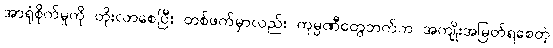
အာရုံစိုက်မှုကို တိုးလာစေပြီး တစ်ဖက်မှာလည်း ကုမ္ပဏီတွေဘက်က အကျိုးအမြတ်ရစေတဲ့